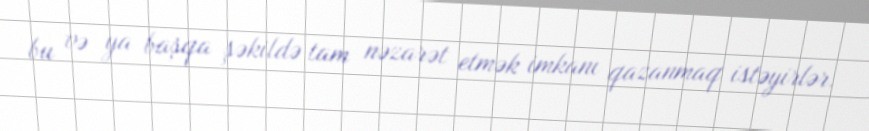
bu və ya başqa şəkildə tam nəzarət etmək imkanı qazanmaq istəyirlər.